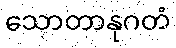
သောတာနုဂတံ